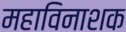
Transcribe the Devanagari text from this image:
महाविनाशक